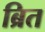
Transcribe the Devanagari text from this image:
ब्रित